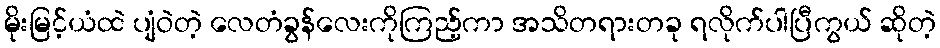
မိုးမြင့်ယံထဲ ပျံဝဲတဲ့ လေတံခွန်လေးကိုကြည့်ကာ အသိတရားတခု ရလိုက်ပါပြီကွယ် ဆိုတဲ့